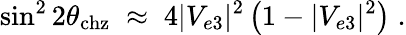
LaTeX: \sin^{2}2\theta_{\mathrm{chz}}\; \approx\; 4|V_{e3}|^{2}\left(1-|V_{e3}|^{2}\right)\; .